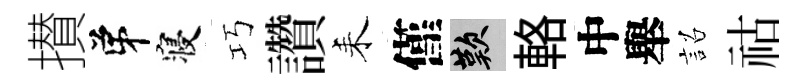
攅弟寝巧讚耒僅嘆輅中舉詔祜